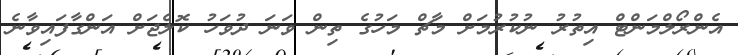
އެންރޯލްމަންޓް އިތުރު ނުކުރުމަށް މާޗް މަހުގެ ތިން ވަނަ ދުވަހު ކޮލެޖަށް އަންގާފައިވާނެ